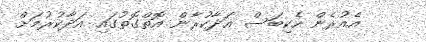
އެއުރެން ހެކިބަސް އަދާކުރާން އޮތްގޮތުގައި އަދާކުރުމަށް